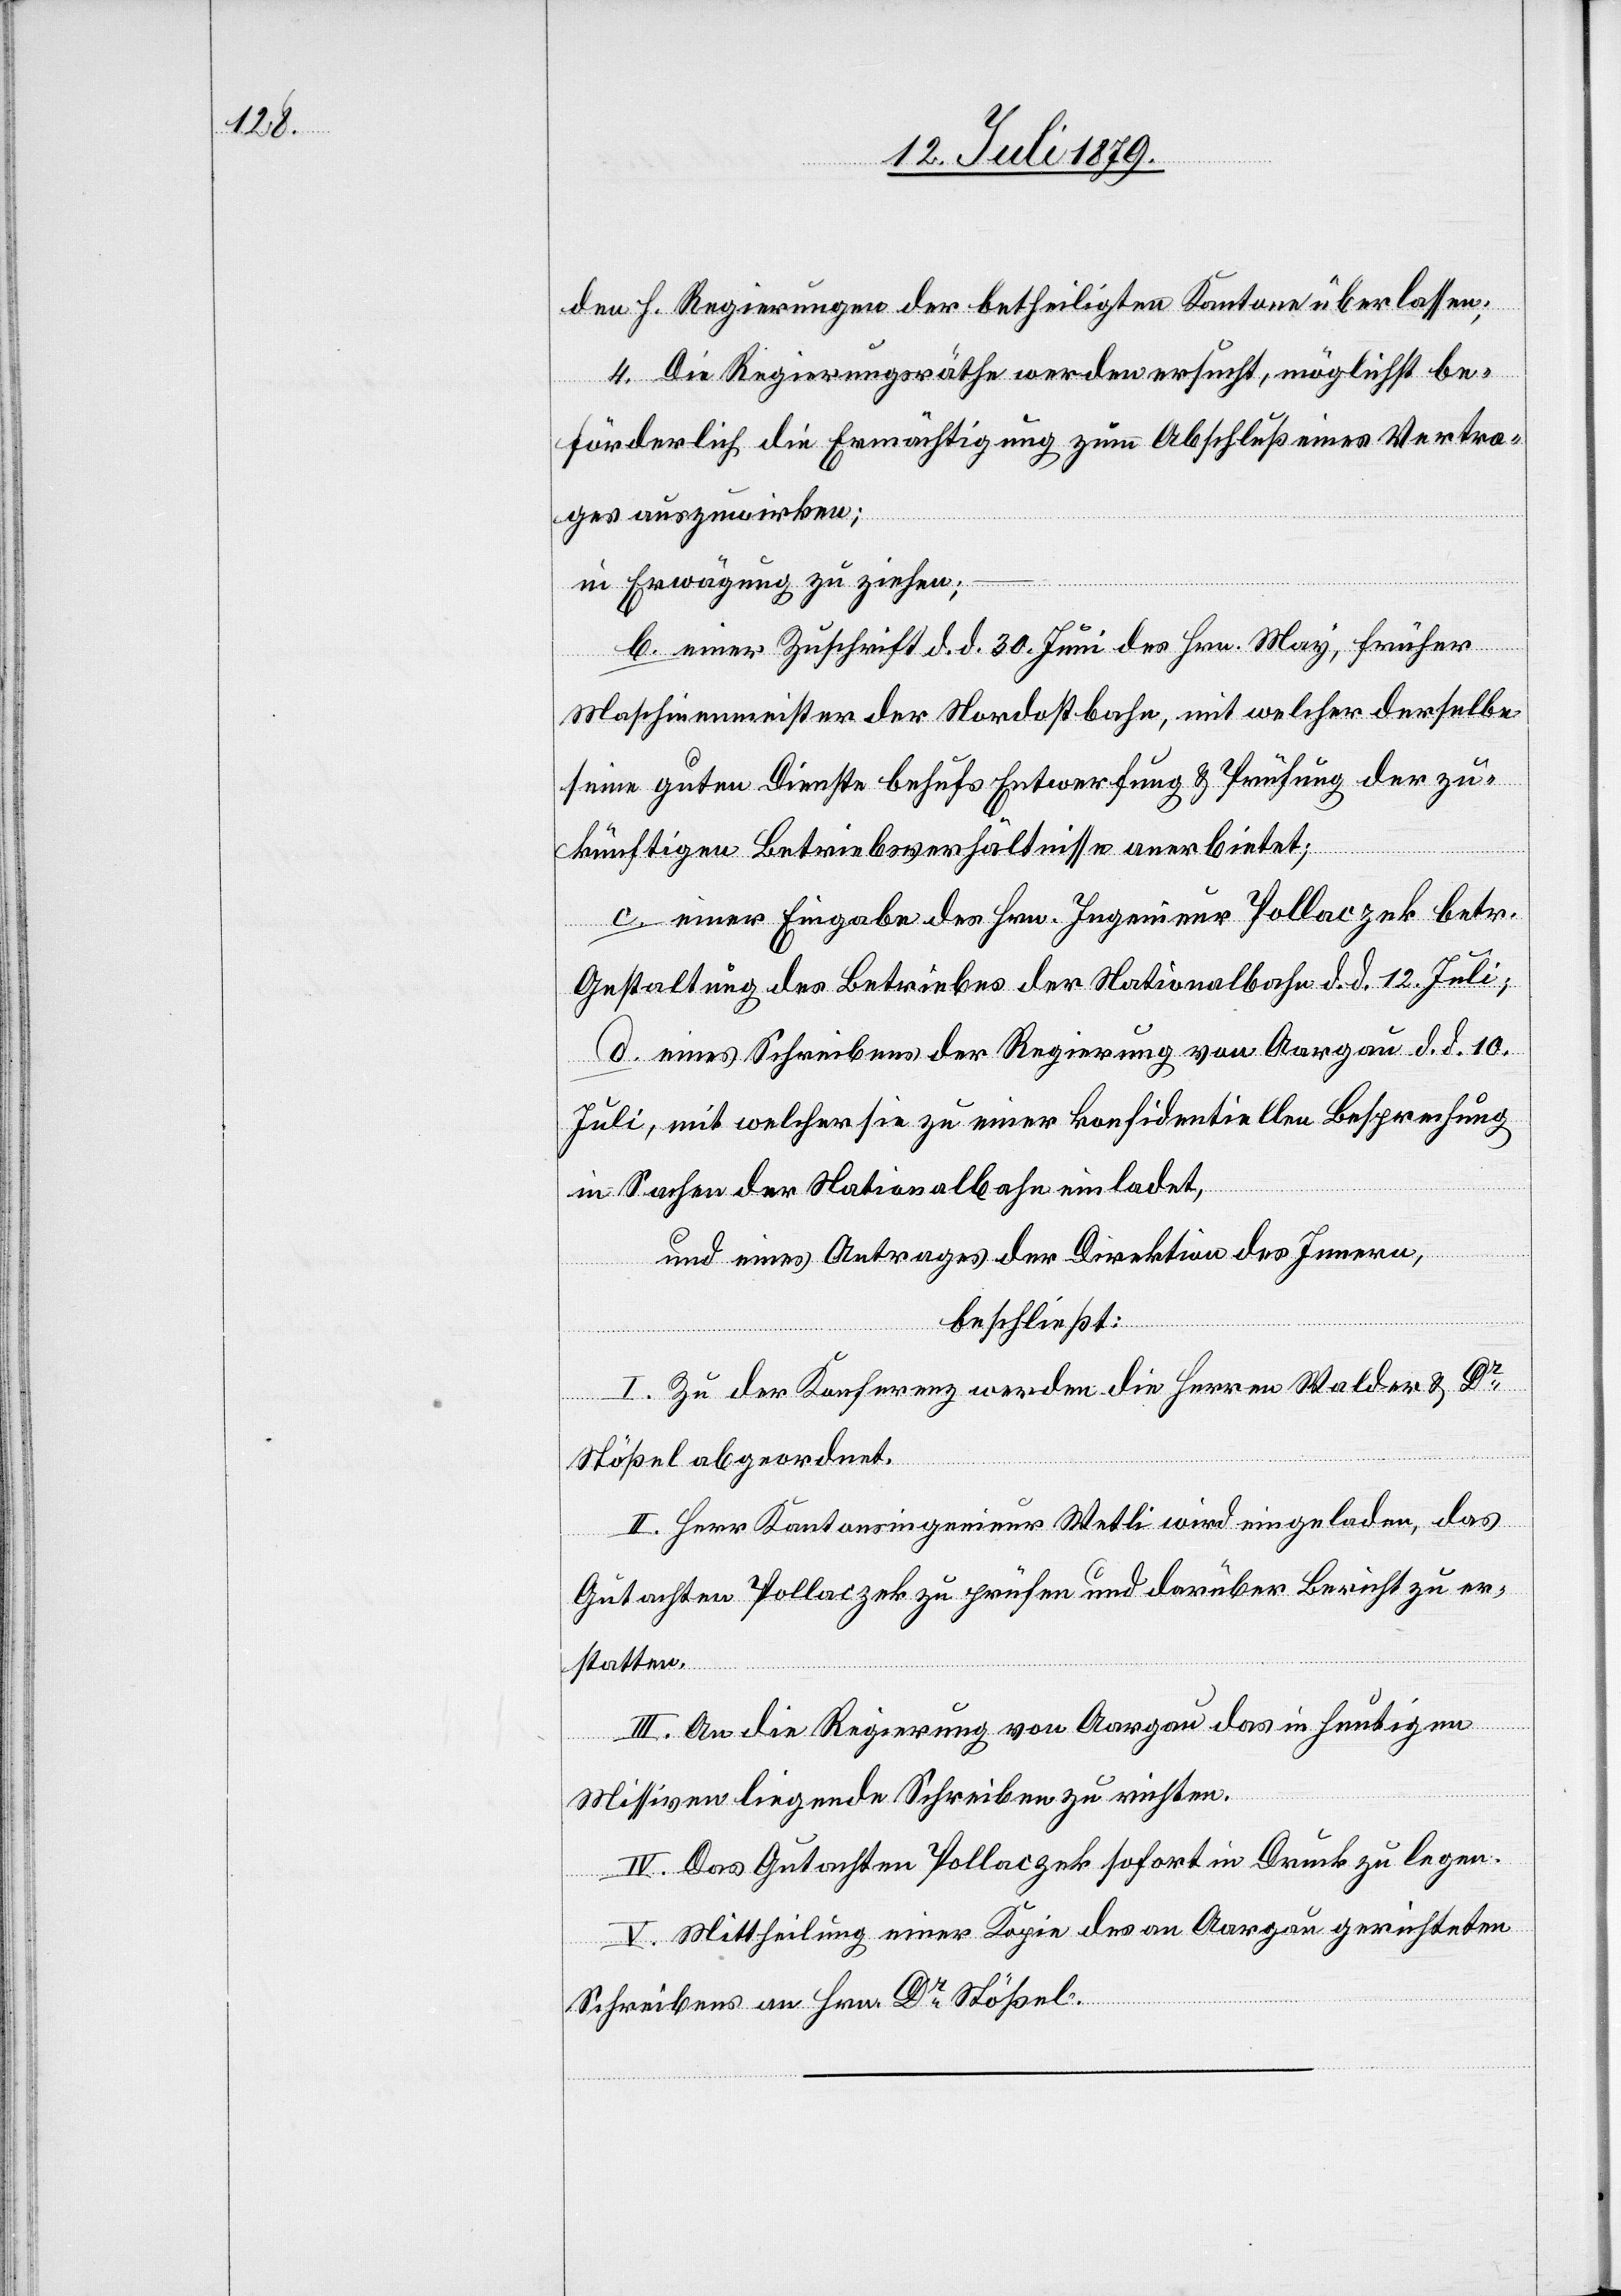
den h. Regierungen der betheiligten Kantone überlassen;
4. Die Regierungsräthe werden ersucht, möglichst be¬
förderlich die Ermächtigung zum Abschluß eines Vertra¬
ges auszuwirken;
in Erwägung zu ziehen;
einer Zuschrift d. d. 30. Juni des Hrn. May, früher
Maschinenmeister der Nordostbahn, mit welcher derselbe
seine guten Dienste behufs Entwerfung & Prüfung der zu¬
künftigen Betriebsverhältnisse anerbietet;
c. einer Eingabe des Hrn. Ingenieur Pollaczek betr.
Gestaltung des Betriebes der Nationalbahn d. d. 12. Juli;
d. eines Schreibens der Regierung von Aargau d. d. 10.
Juli, mit welcher sie zu einer konfidentiellen Besprechung
in Sachen der Nationalbahn einladet,
und eines Antrages der Direktion des Innern,
beschließt:
I. Zu der Konferenz werden die Herren Walder & Dr
Stößel abgeordnet.
II. Herr Kantonsingenieur Wetli wird eingeladen, das
Gutachten Pollaczek zu prüfen und darüber Bericht zu er¬
statten.
III. An die Regierung von Aargau das in heutigen
Missiven liegende Schreiben zu richten.
IV. Das Gutachten Pollaczek sofort in Druck zu legen.
V. Mittheilung einer Kopie des an Aargau gerichteten
Schreibens an Hrn. Dr Stößel.